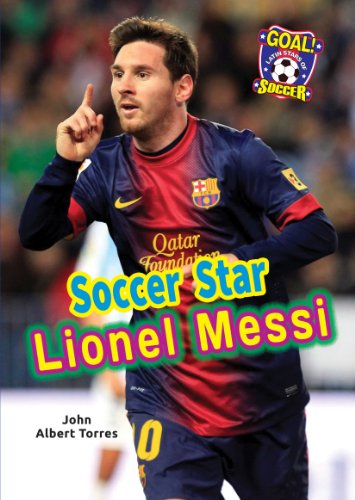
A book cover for Soccer Star Lionel Messi (Goal! Latin Stars of Soccer); John Albert Torres; Children's Books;